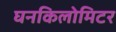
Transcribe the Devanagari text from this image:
घनकिलोमिटर